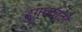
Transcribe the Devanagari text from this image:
दुग्धवाटी